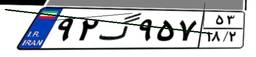
۹۲گ۹۵۷۵۳